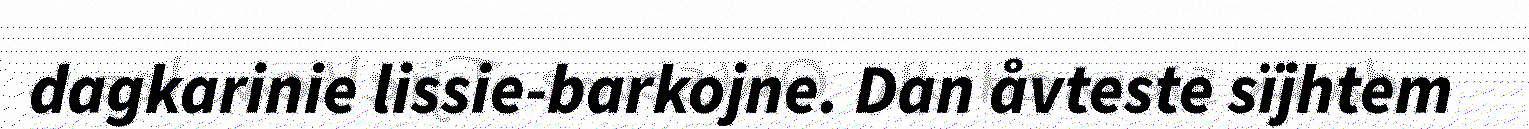
dagkarinie lissie-barkojne. Dan åvteste sïjhtem